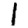
Digit: 1